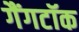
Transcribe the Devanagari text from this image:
गैंगटॉक